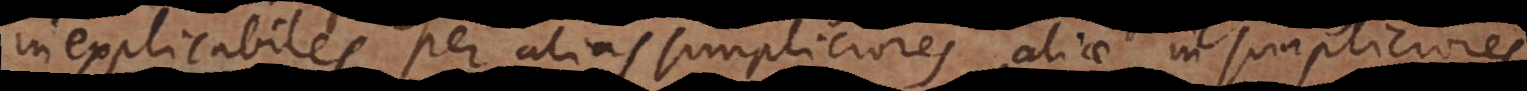
inexplicabiles per alias simpliciores, aliae in simpliciores